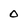
Character: O